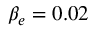
\beta _ { e } = 0 . 0 2